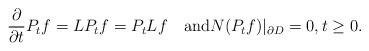
LaTeX: \begin{align*} \frac{\partial}{\partial t}P_t f=LP_t f=P_t Lf\quad\mbox{and}N(P_t f)|_{\partial D}=0,t\geq0. \end{align*}